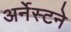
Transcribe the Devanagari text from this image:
अर्नेस्टने